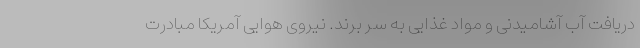
دریافت آب آشامیدنی و مواد غذایی به سر برند. نیروی هوایی آمریکا مبادرت